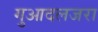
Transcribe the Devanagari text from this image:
गुआदलजरा